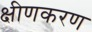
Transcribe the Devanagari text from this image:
क्षीणकरण